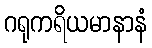
ဂရုကရိယမာနာနံ